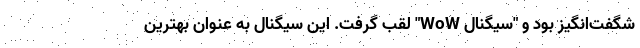
شگفت‌انگیز بود و "سیگنال WoW" لقب گرفت. این سیگنال به عنوان بهترین